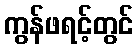
ကွန်ဖရင့်တွင်